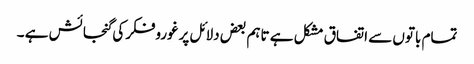
تمام باتوں سے اتفاق مشکل ہے تاہم بعض دلائل پرغوروفکرکی گنجائش ہے ۔